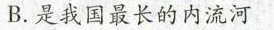
B.是我国最长的内流河